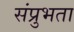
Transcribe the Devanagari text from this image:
संप्रुभता